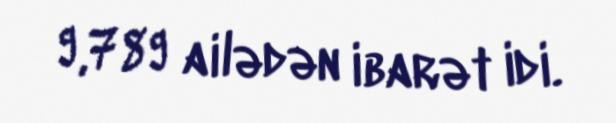
9,789 ailədən ibarət idi.